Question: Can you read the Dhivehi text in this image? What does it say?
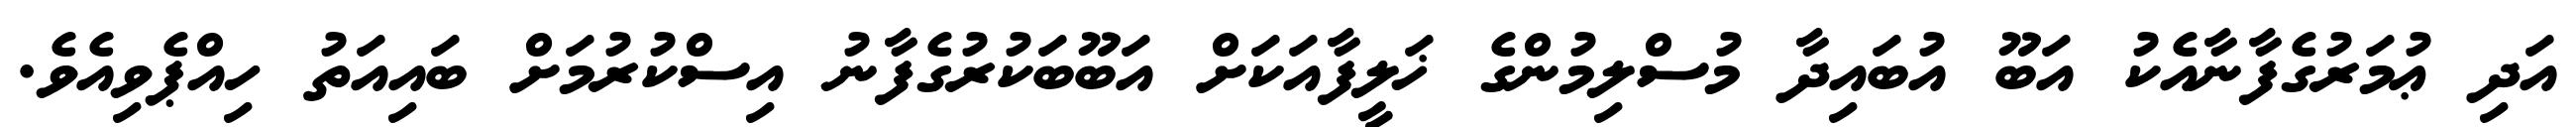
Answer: އަދި ޢުމަރުގެފާނާއެކު އަބޫ އުބައިދާ މުސްލިމުންގެ ޚަލީފާއަކަށް އަބޫބަކުރުގެފާނު އިސްކުރުމަށް ބައިއަތު ހިއްޕެވިއެވެ.